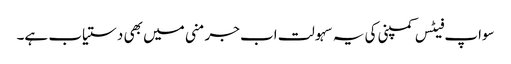
سواپ فیٹس کمپنی کی یہ سہولت اب جرمنی میں بھی دستیاب ہے۔